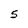
Character: S